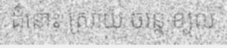
ដំនោះ ស្រាយ ចរន្ត ខ្យល់